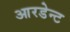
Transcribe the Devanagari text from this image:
आरडेन्ट